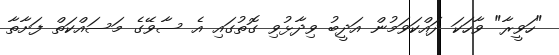
"ހަވީރާ" ވާހަކަ ދައްކަވަމުން އަދީބު ވިދާޅުވި ގޮތުގައި އެ ސާވޭގެ މަސައްކަތް ފަށާތާ